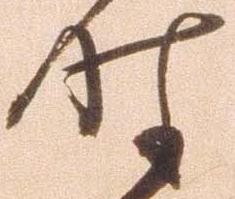
時